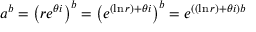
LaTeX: a ^ { b } = \left( r e ^ { \theta i } \right) ^ { b } = \left( e ^ { ( \ln r ) + \theta i } \right) ^ { b } = e ^ { \left( ( \ln r ) + \theta i \right) b }